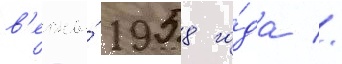
в'есны́ 1958 го́да //